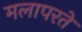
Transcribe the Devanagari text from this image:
मलापरते